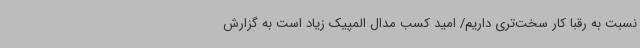
نسبت به رقبا کار سخت‌تری داریم/ امید کسب مدال المپیک زیاد است به گزارش